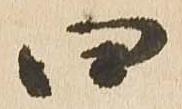
四